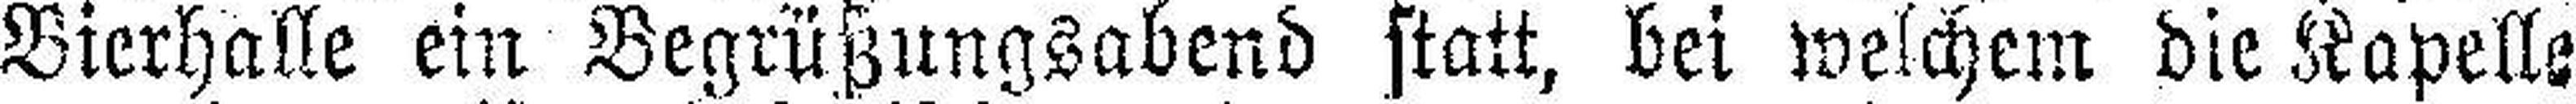
Bierhalle ein Begrüßungsabend statt, bei welchem die Kapelle